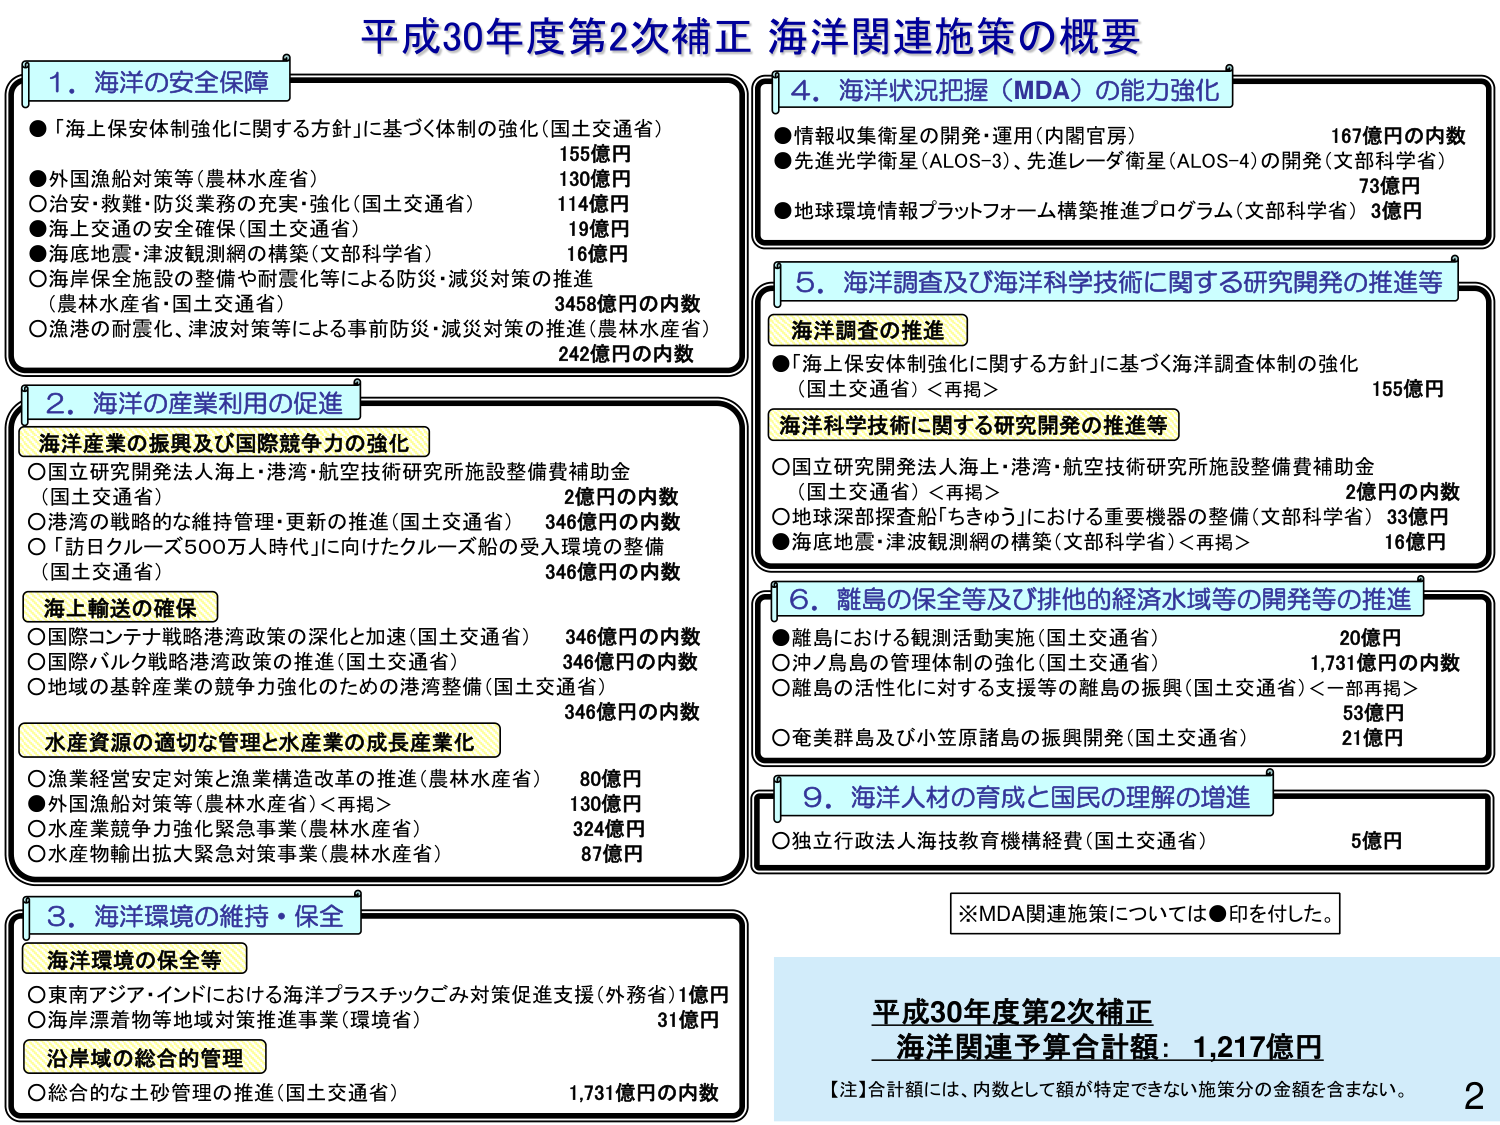
平成30年度第2次補正 海洋関連施策の概要

1．海洋の安全保障
●「海上保安体制強化に関する方針」に基づく体制の強化（国土交通省） 155億円
●外国漁船対策等（農林水産省） 130億円
○治安・救難・防災業務の充実・強化（国土交通省） 114億円
●海上交通の安全確保（国土交通省） 19億円
●海底地震・津波観測網の構築（文部科学省） 16億円
○海岸保全施設の整備や耐震化等による防災・減災対策の推進 （農林水産省・国土交通省） 3458億円の内数
○漁港の耐震化、津波対策等による事前防災・減災対策の推進（農林水産省） 242億円の内数

2．海洋の産業利用の促進
海洋産業の振興及び国際競争力の強化
○国立研究開発法人海上・港湾・航空技術研究所施設整備費補助金 （国土交通省） 2億円の内数
○港湾の戦略的な維持管理・更新の推進（国土交通省） 346億円の内数
○「訪日クルーズ500万人時代」に向けたクルーズ船の受入環境の整備 （国土交通省） 346億円の内数
海上輸送の確保
○国際コンテナ戦略港湾政策の深化と加速（国土交通省） 346億円の内数
○国際バルク戦略港湾政策の推進（国土交通省） 346億円の内数
○地域の基幹産業の競争力強化のための港湾整備（国土交通省） 346億円の内数
水産資源の適切な管理と水産業の成長産業化
○漁業経営安定対策と漁業構造改革の推進（農林水産省） 80億円
●外国漁船対策等（農林水産省）＜再掲＞ 130億円
○水産業競争力強化緊急事業（農林水産省） 324億円
○水産物輸出拡大緊急対策事業（農林水産省） 87億円

3．海洋環境の維持・保全
海洋環境の保全等
○東南アジア・インドにおける海洋プラスチックごみ対策促進支援（外務省）1億円
○海岸漂着物等地域対策推進事業（環境省） 31億円
沿岸域の総合的管理
○総合的な土砂管理の推進（国土交通省） 1,731億円の内数

4．海洋状況把握（MDA）の能力強化
●情報収集衛星の開発・運用（内閣官房） 167億円の内数
●先進光学衛星（ALOS-3）、先進レーダ衛星（ALOS-4）の開発（文部科学省） 73億円
●地球環境情報プラットフォーム構築推進プログラム（文部科学省）3億円

5．海洋調査及び海洋科学技術に関する研究開発の推進等
海洋調査の推進
●「海上保安体制強化に関する方針」に基づく海洋調査体制の強化 （国土交通省）＜再掲＞ 155億円
海洋科学技術に関する研究開発の推進等
○国立研究開発法人海上・港湾・航空技術研究所施設整備費補助金 （国土交通省）＜再掲＞ 2億円の内数
○地球深部探査船「ちきゅう」における重要機器の整備（文部科学省）33億円
●海底地震・津波観測網の構築（文部科学省）＜再掲＞ 16億円

6．離島の保全等及び排他的経済水域等の開発等の推進
●離島における観測活動実施（国土交通省） 20億円
○沖ノ鳥島の管理体制の強化（国土交通省） 1,731億円の内数
○離島の活性化に対する支援等の離島の振興（国土交通省）＜一部再掲＞ 53億円
○奄美群島及び小笠原諸島の振興開発（国土交通省） 21億円

9．海洋人材の育成と国民の理解の増進
○独立行政法人海技教育機構経費（国土交通省） 5億円

※MDA関連施策については●印を付した。

平成30年度第2次補正
海洋関連予算合計額：1,217億円
【注】合計額には、内数として額が特定できない施策分の金額を含まない。

2